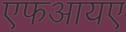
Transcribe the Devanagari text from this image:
एफआयए